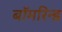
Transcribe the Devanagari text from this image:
बॉमरिन्ड